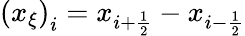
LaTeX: \left(x_{\xi}\right)_{i}=x_{i+\frac{1}{2}}-x_{i-\frac{1}{2}}